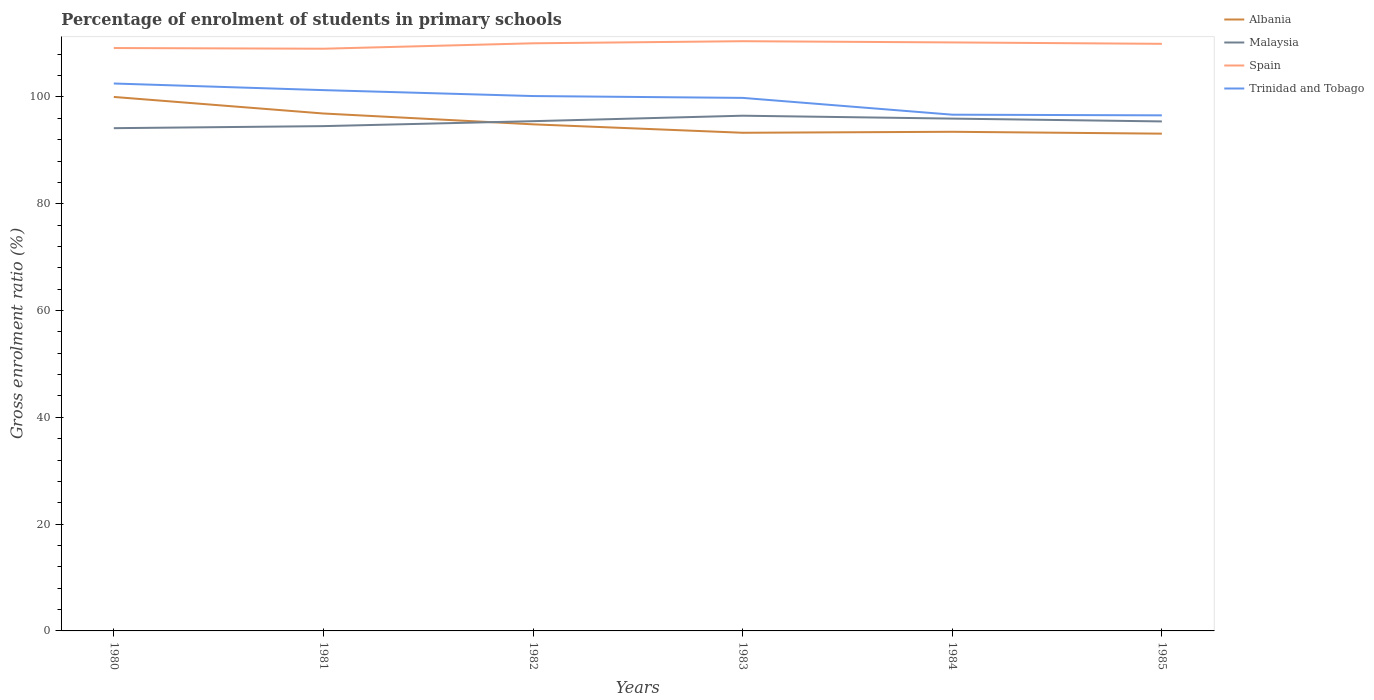
| Years | Albania | Malaysia | Spain | Trinidad and Tobago |
 | --- | --- | --- | --- | --- |
 | 1980 | 100 | 94.2 | 109 | 103 |
 | 1981 | 96.9 | 94.5 | 109 | 101 |
 | 1982 | 94.9 | 95.5 | 110 | 100 |
 | 1983 | 93.3 | 96.5 | 110 | 99.8 |
 | 1984 | 93.5 | 96 | 110 | 96.7 |
 | 1985 | 93.1 | 95.4 | 110 | 96.6 |